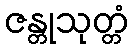
ဇန္တုသုတ္တံ